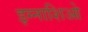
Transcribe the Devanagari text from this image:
इग्नाशिओ